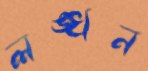
লঙ্খন